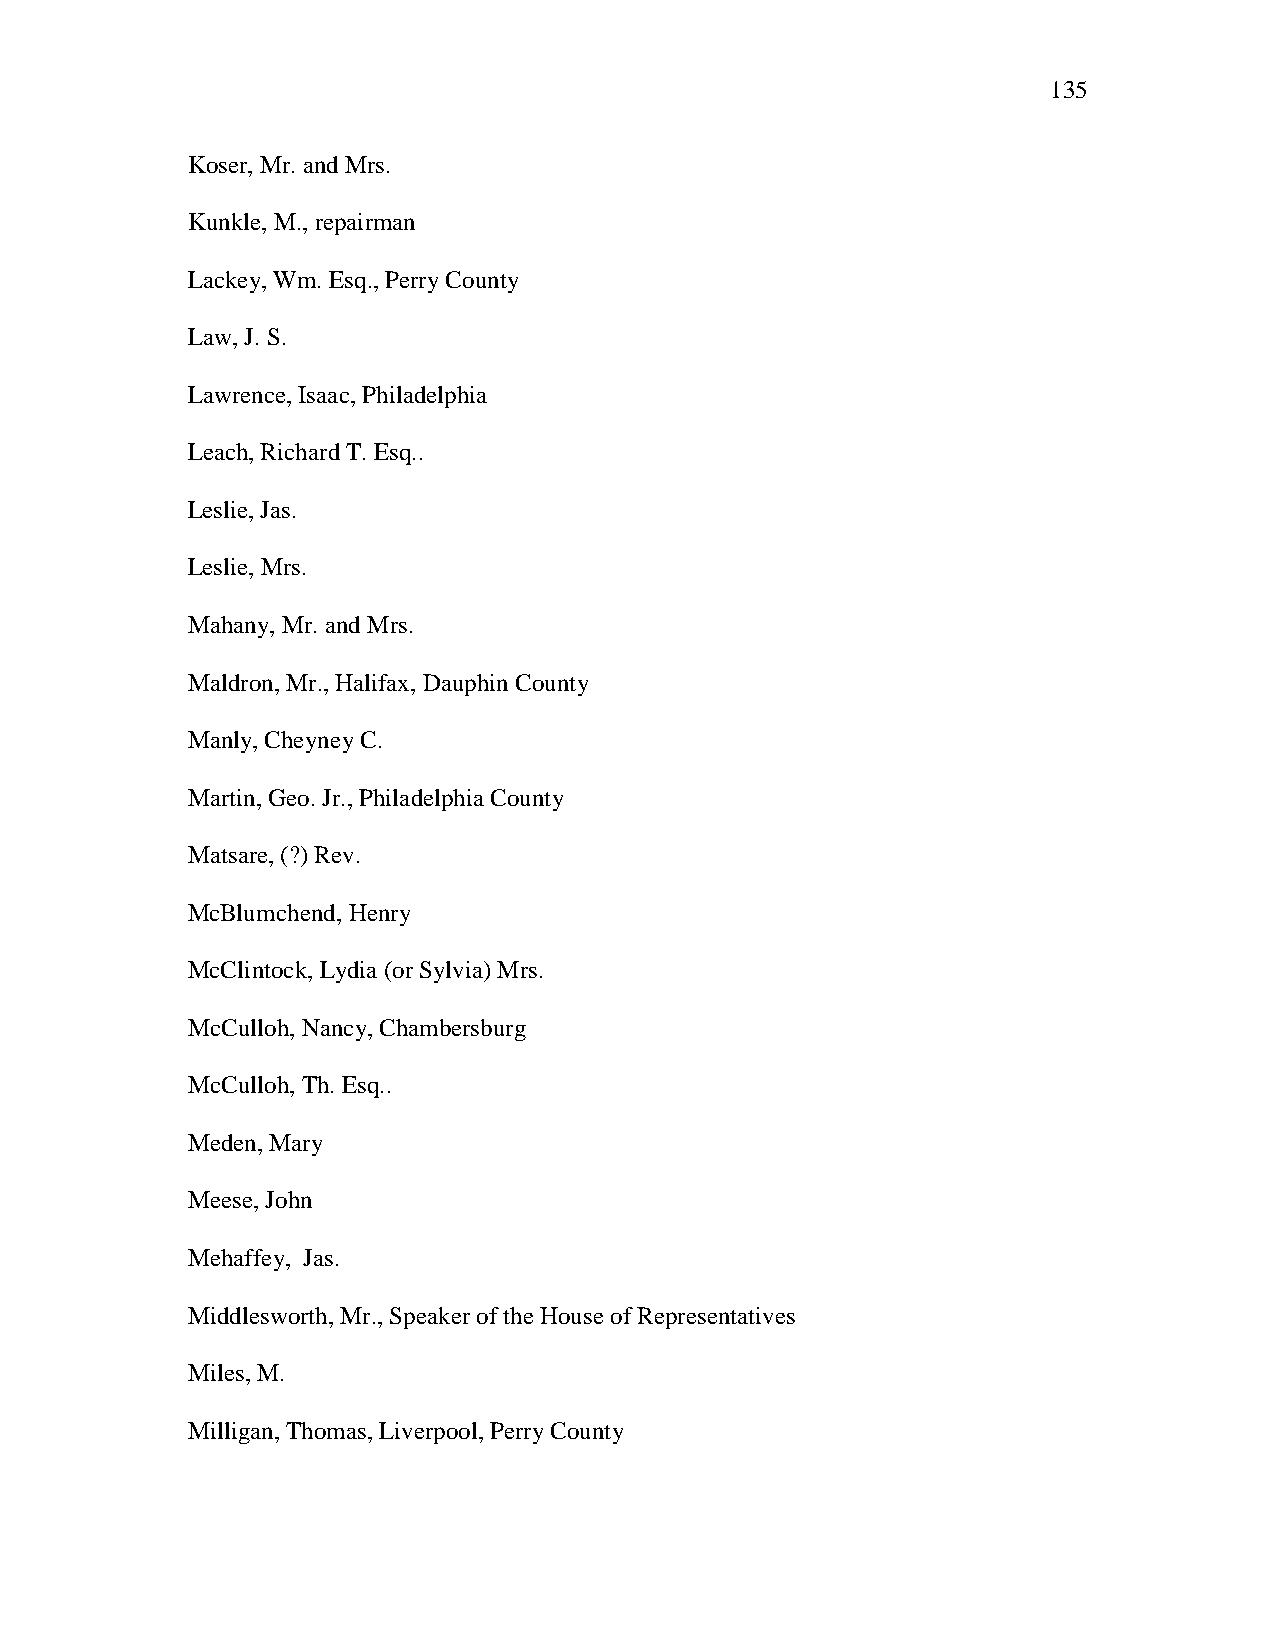
135
 Koser, Mr. and Mrs.
 Kunkle, M., repairman
 Lackey, Wm. Esq., Perry County
 Law, J. S.
 Lawrence, Isaac, Philadelphia
 Leach, Richard T. Esq..
 Leslie, Jas.
 Leslie, Mrs.
 Mahany, Mr. and Mrs.
 Maldron, Mr., Halifax, Dauphin County
 Manly, Cheyney C.
 Martin, Geo. Jr., Philadelphia County
 Matsare, (?) Rev.
 McBlumchend, Henry
 McClintock, Lydia (or Sylvia) Mrs.
 McCulloh, Nancy, Chambersburg
 McCulloh, Th. Esq..
 Meden, Mary
 Meese, John
 Mehaffey, Jas.
 Middlesworth, Mr., Speaker of the House of Representatives
 Miles, M.
 Milligan, Thomas, Liverpool, Perry County